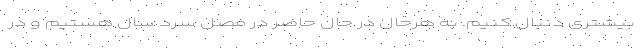
بیشتری دنبال کنیم. به هرحال در حال حاضر در فصل سرد سال هستیم و در